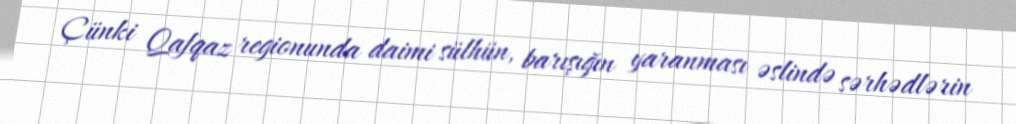
Çünki Qafqaz regionunda daimi sülhün, barışığın yaranması əslində sərhədlərin